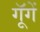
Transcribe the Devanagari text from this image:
गूॅगें